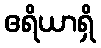
ဧရိယာရှိ